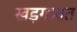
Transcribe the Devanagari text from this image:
खड़गावत